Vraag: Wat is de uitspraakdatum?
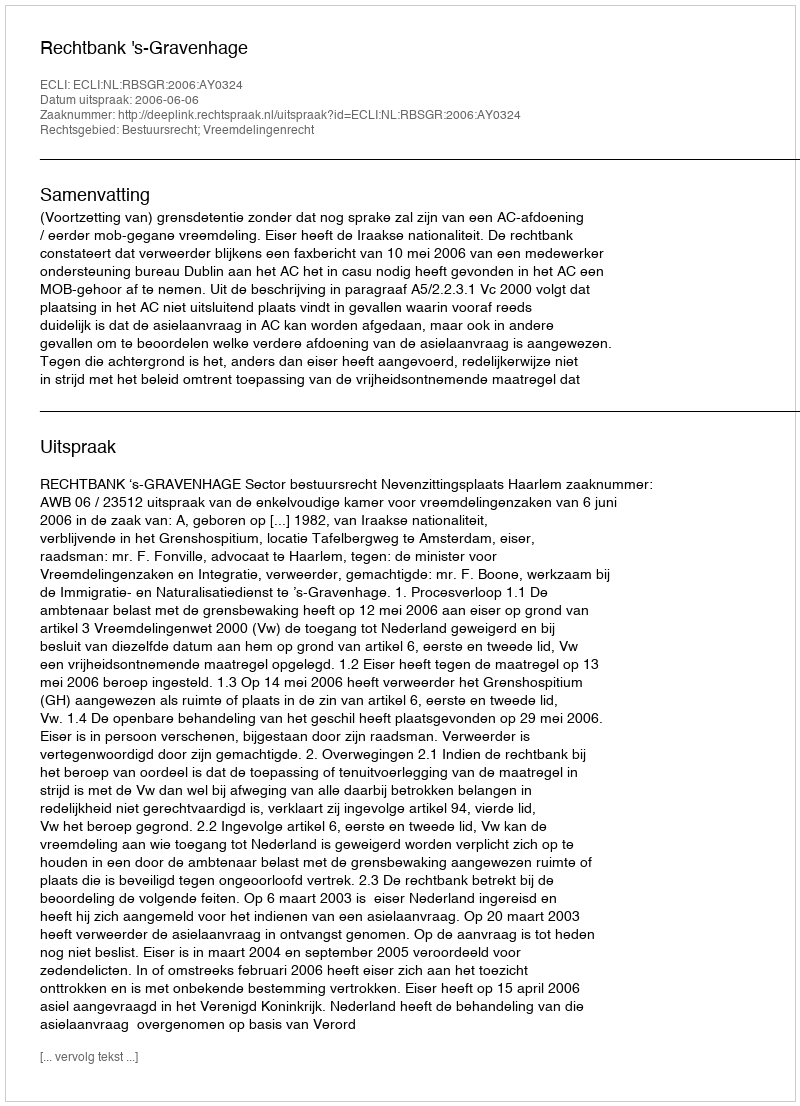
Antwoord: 2006-06-06